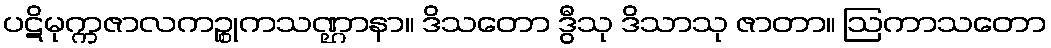
ပဋိမုက္ကဇာလကဉ္စုကသဏ္ဌာနာ။ ဒိသတော ဒွီသု ဒိသာသု ဇာတာ။ ဩကာသတော